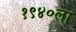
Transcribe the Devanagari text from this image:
१९४०ला